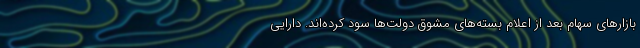
بازارهای سهام بعد از اعلام بسته‌های مشوق دولت‌ها سود کرده‌اند. دارایی